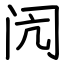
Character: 闶